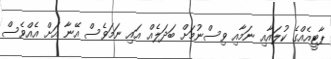
ޕާޓީއެއްގެ ކުލައާއި ނަމާއި ވިިސްނުމަށް ބަދަލެއް އައި ނަމަވެސް އޭނާ އަށް އެއްވެސް